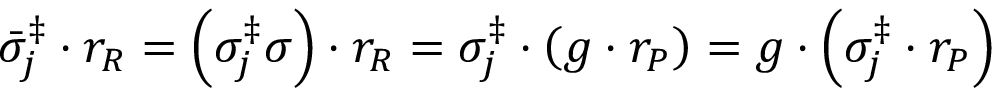
\bar { \sigma } _ { j } ^ { \ddag } \cdot r _ { R } = \left( \sigma _ { j } ^ { \ddag } \sigma \right) \cdot r _ { R } = \sigma _ { j } ^ { \ddag } \cdot \left( g \cdot r _ { P } \right) = g \cdot \left( \sigma _ { j } ^ { \ddag } \cdot r _ { P } \right)